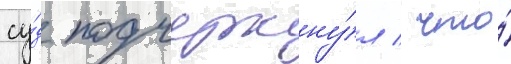
су́д подчеркну́л / что́